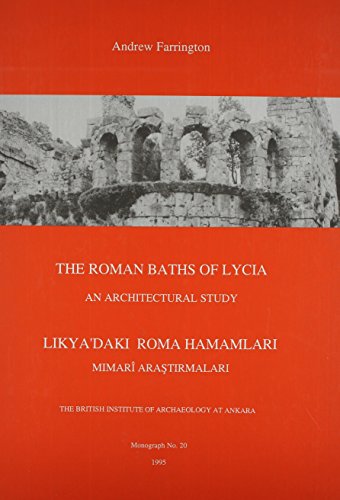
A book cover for The Roman Baths of Lycia: an Architectural Study (British Institute of Archaeology at Ankara Monographs, 20); Andrew Farrington; History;